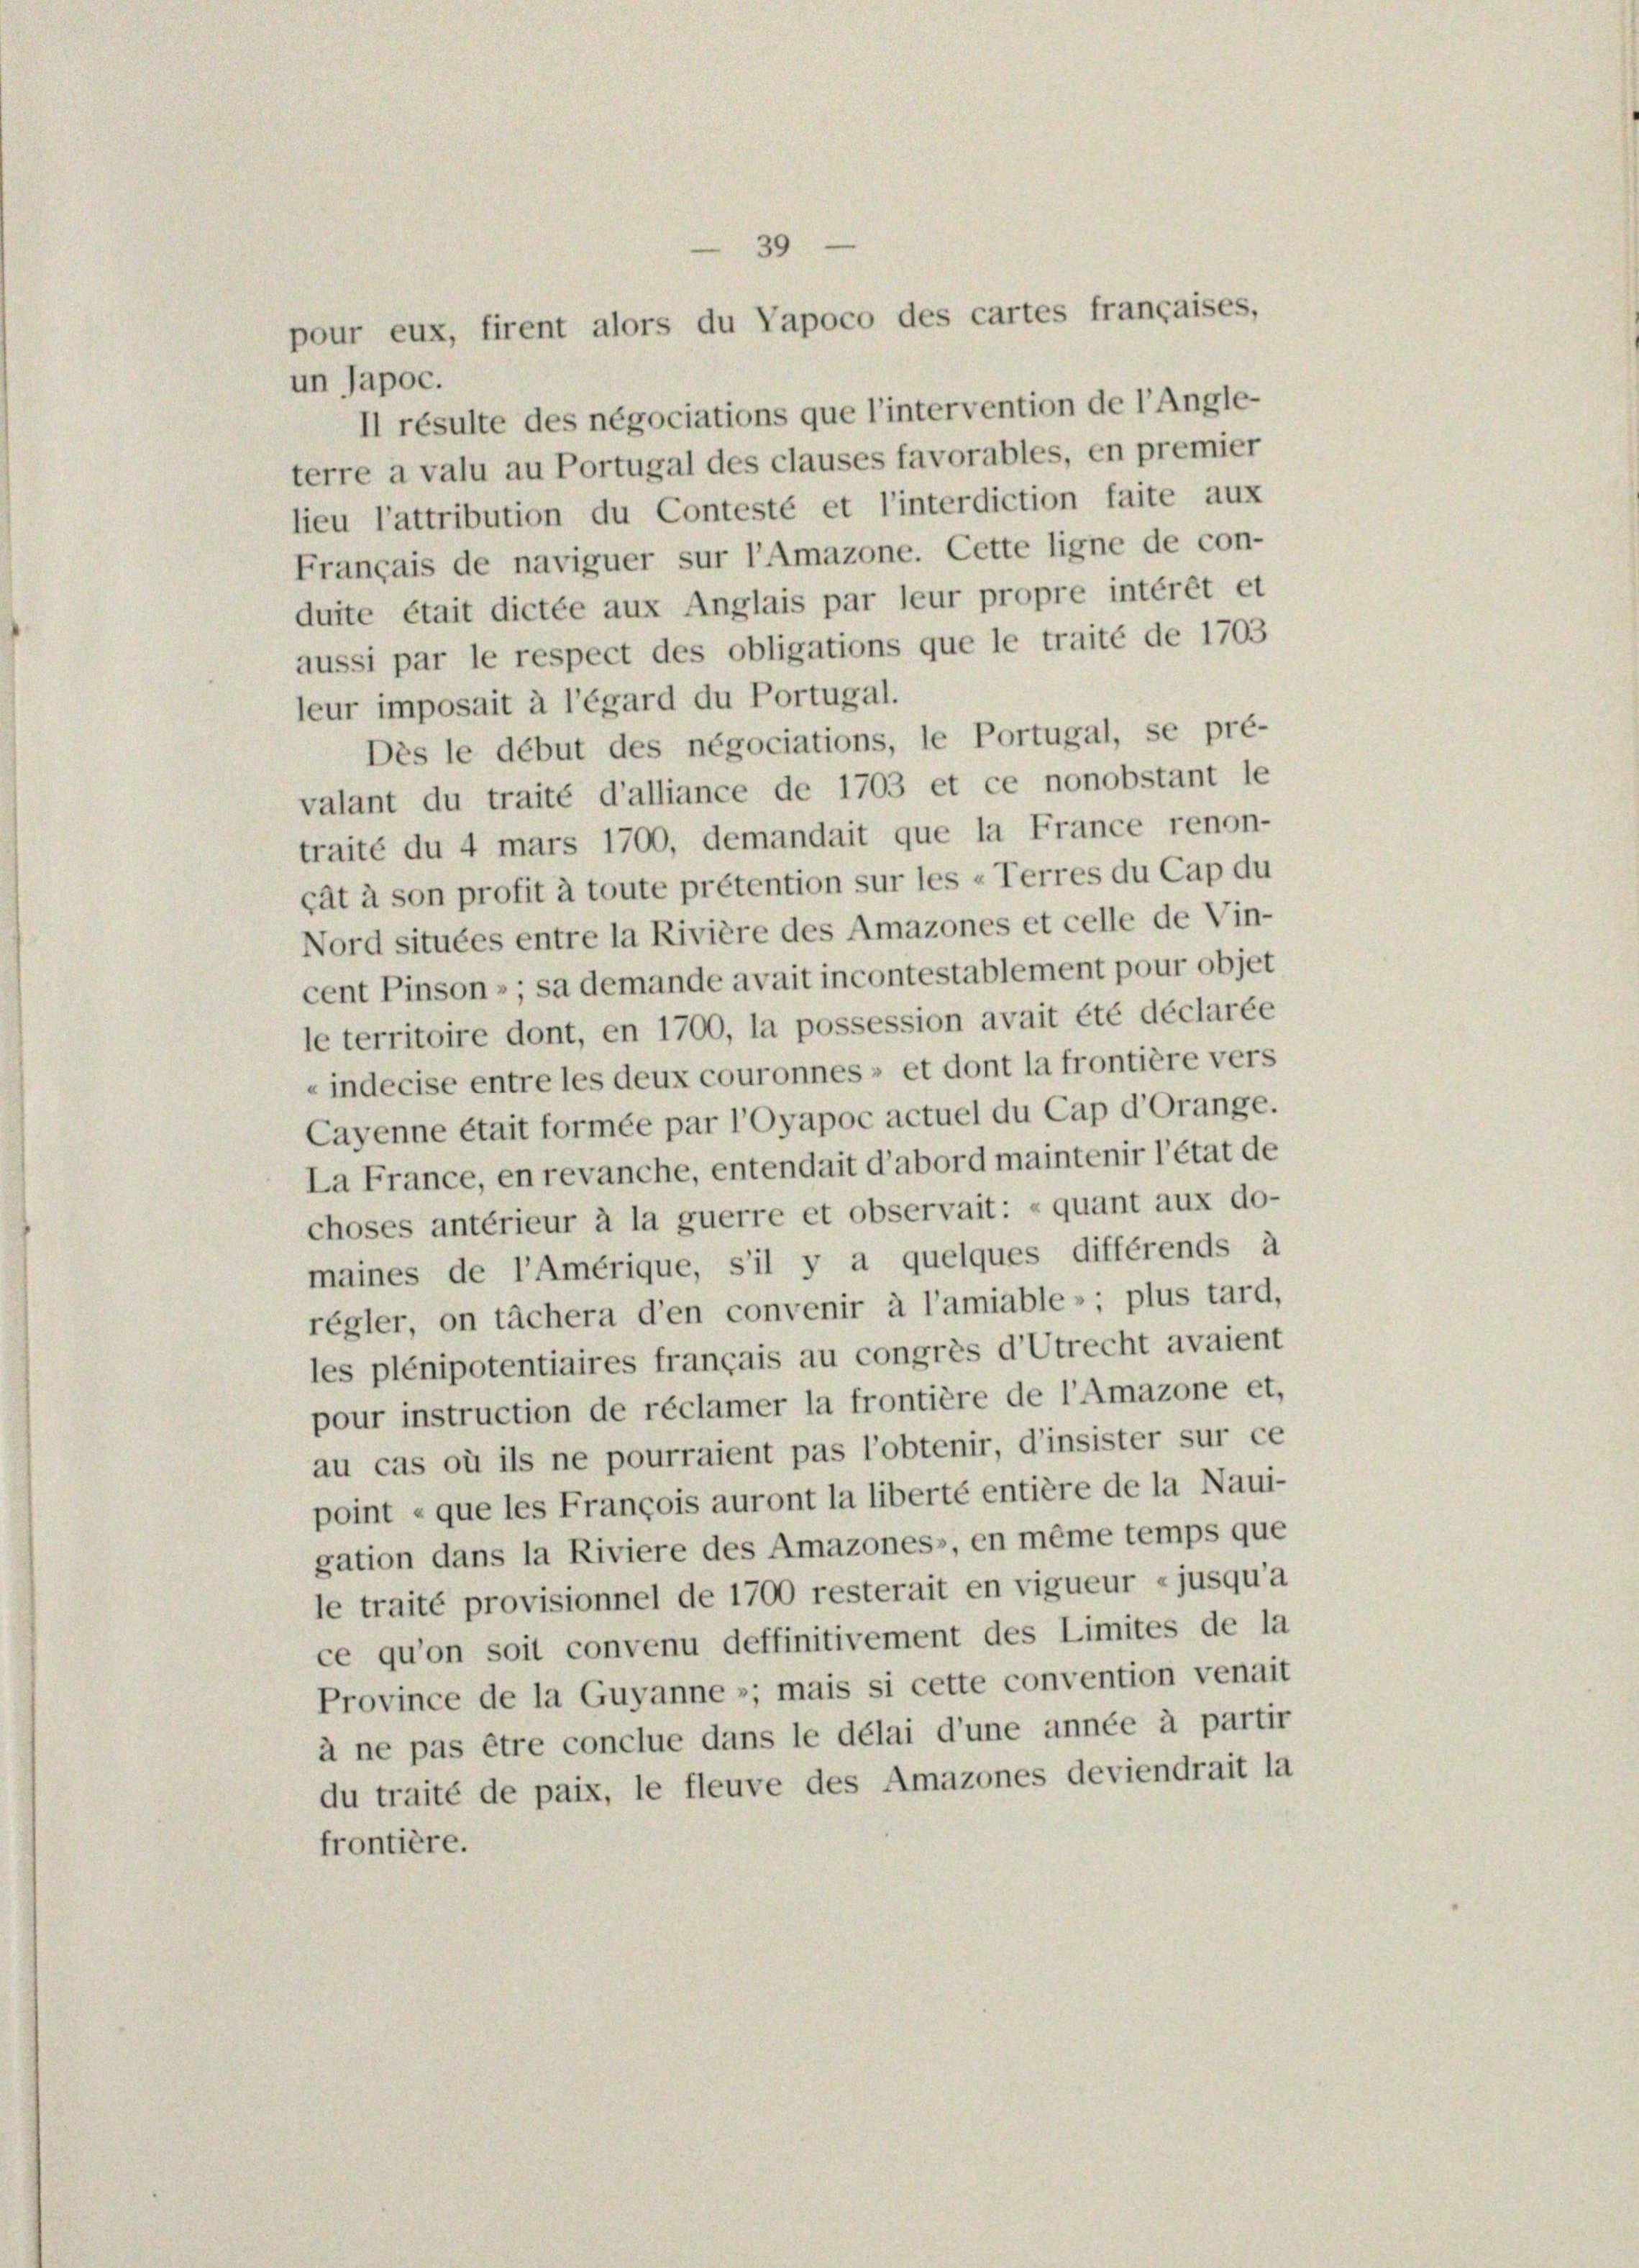
un Japoc.
Il résulte des négociations que l’intervention de l’Angle-
terre a valu au Portugal des clauses favorables, en premier
lieu l’attribution du Contesté et l’interdiction faite aux
Français de naviguer sur l’Amazone. Cette ligne de con-
duite était dictée aux Anglais par leur propre intérêt et
aussi par le respect des obligations que le traité de 1703
leur imposait à l’égard du Portugal.
Dès le début des négociations, le Portugal, se pré-
valant du traité d’alliance de 1703 et ce nonobstant le
traité du 4 mars 1700, demandait que la France renon-
cät à son profit à toute prétention sur les «Terres du Cap du
Nord situées entre la Rivière des Amazones et celle de Vin-
cent Pinson - sa demande avait incontestablement pour objet
le territoire dont, en 1700, la possession avait été déclarée
« indecise entre les deux couronnes» et dont la frontière vers
Cayenne était formée par l’Oyapoc actuel du Cap d’Orange.
La France, en revanche, entendait d’abord maintenir l’état de
choses antérieur à la guerre et observait: »quant aux do-
maines de l’Amérique, s’il y a quelques différends à
régler, on tächera d’en convenir à l’amiable»; plus tard,
les plénipotentiaires français au congrès d’Utrecht avaient
pour instruction de réclamer la frontière de l’Amazone et,
au cas où ils ne pourraient pas l’obtenir, d’insister sur ce
point « que les François auront la liberté entière de la Naui-
gation dans la Riviere des Amazones», en même temps que
le traité provisionnel de 1700 resterait en vigueur «jusqu’a
ce qu’on soit convenu deffinitivement des Limites de la
Province de la Guyanne »; mais si cette convention venait
à ne pas être conclue dans le délai d’une année à partir
du traité de paix, le fleuve des Amazones deviendrait la
frontière.

39

pour eux, firent alors du Vapoco des cartes françaises,